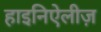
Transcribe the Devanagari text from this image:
हाइनिऐलीज़